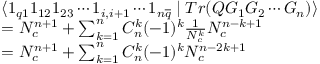
\begin{array} { l } { { \langle 1 _ { q 1 } 1 _ { 1 2 } 1 _ { 2 3 } \cdots 1 _ { i , i + 1 } \cdots 1 _ { n \overline { { { q } } } } \mid T r ( Q G _ { 1 } G _ { 2 } \cdots G _ { n } ) \rangle } } \\ { { = N _ { c } ^ { n + 1 } + \sum _ { k = 1 } ^ { n } C _ { n } ^ { k } ( - 1 ) ^ { k } \frac 1 { N _ { c } ^ { k } } N _ { c } ^ { n - k + 1 } } } \\ { { = N _ { c } ^ { n + 1 } + \sum _ { k = 1 } ^ { n } C _ { n } ^ { k } ( - 1 ) ^ { k } N _ { c } ^ { n - 2 k + 1 } } } \end{array}